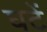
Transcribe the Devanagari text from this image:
घटें